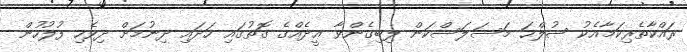
ރައްކާތެރިކަމާއެކު ޞުލްޙަ މަސަލަސްކަން ލިބިގެންވާ ޢީދެއްގެ ގޮތުގައި ހަދައި ދިނުމަށް ދިވެހި ފުލުހުން